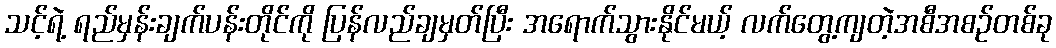
သင့်ရဲ့ ရည်မှန်းချက်ပန်းတိုင်ကို ပြန်လည်ချမှတ်ပြီး အရောက်သွားနိုင်မယ့် လက်တွေ့ကျတဲ့အစီအစဉ်တစ်ခု